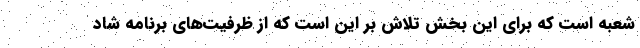
شعبه است که برای این بخش تلاش بر این است که از ظرفیت‌های برنامه شاد